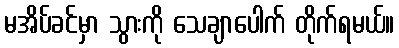
မအိပ်ခင်မှာ သွားကို သေချာပေါက် တိုက်ရမယ်။